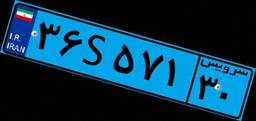
۶۵S۸۴۷۱۱